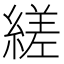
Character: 縒